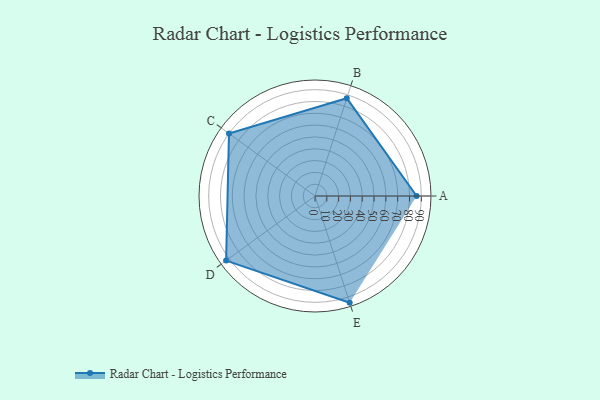
{"axis": {"x": "Skill", "y": "Score"}, "legend": ["Profile"], "data": [{"x": "A", "y": 86.0, "type": "Profile"}, {"x": "B", "y": 87.0, "type": "Profile"}, {"x": "C", "y": 90.0, "type": "Profile"}, {"x": "D", "y": 93.0, "type": "Profile"}, {"x": "E", "y": 95.0, "type": "Profile"}]}